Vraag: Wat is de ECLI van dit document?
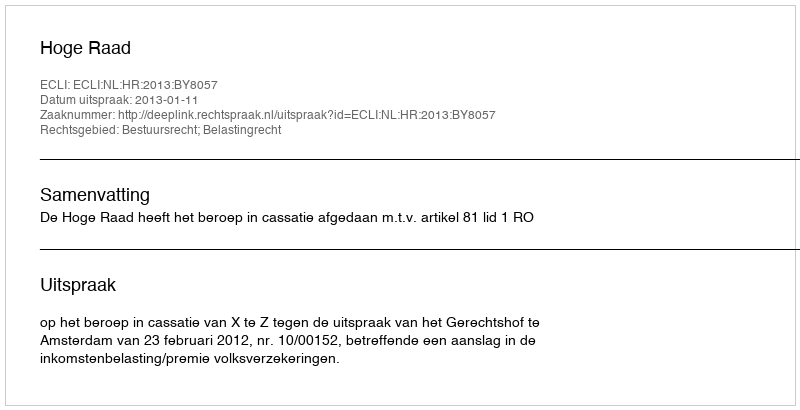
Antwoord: ECLI:NL:HR:2013:BY8057